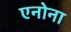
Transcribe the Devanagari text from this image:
एनोना